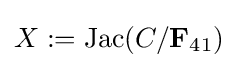
X:={\text{Jac}}(C/{\bf {F}}_{41})